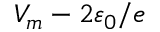
V _ { m } - 2 \varepsilon _ { 0 } / e